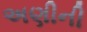
અણીની